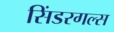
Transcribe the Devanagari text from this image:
सिंडरगल्स